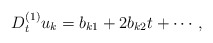
\begin{align*}D_t^{(1)} u_k= b_{k1}+2b_{k2}t+\cdots,\end{align*}